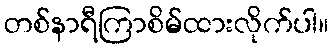
တစ်နာရီကြာစိမ်ထားလိုက်ပါ။